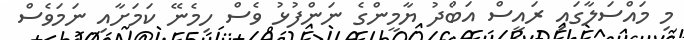
މި މައްސަލާގައި ރައީސް އަބްދު ޔާމީންގެ ނަންފުޅު ވެސް ހިމެނޭ ކަމަށާއި ނަމަވެސް